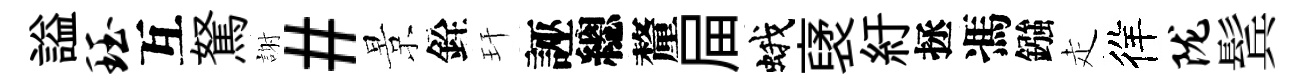
謚珏互駑謝#景銓玕誣總釐屇蛾裦紆拯馮鏹走徉陇鬂